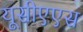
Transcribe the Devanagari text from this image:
यूसीएएस